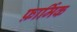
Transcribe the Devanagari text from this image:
फ़ार्मिक